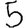
Digit: 5